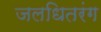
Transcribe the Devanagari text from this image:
जलधितरंग